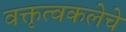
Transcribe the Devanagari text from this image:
वक्तृत्वकलेचे